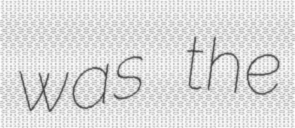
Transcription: was the